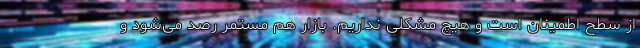
از سطح اطمینان است و هیچ مشکلی نداریم. بازار هم مستمر رصد می‌شود و